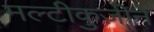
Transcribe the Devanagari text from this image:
मल्टीकुज़ीने